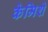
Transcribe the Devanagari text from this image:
केमिशे